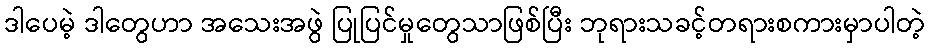
ဒါပေမဲ့ ဒါတွေဟာ အသေးအဖွဲ ပြုပြင်မှုတွေသာဖြစ်ပြီး ဘုရားသခင့်တရားစကားမှာပါတဲ့